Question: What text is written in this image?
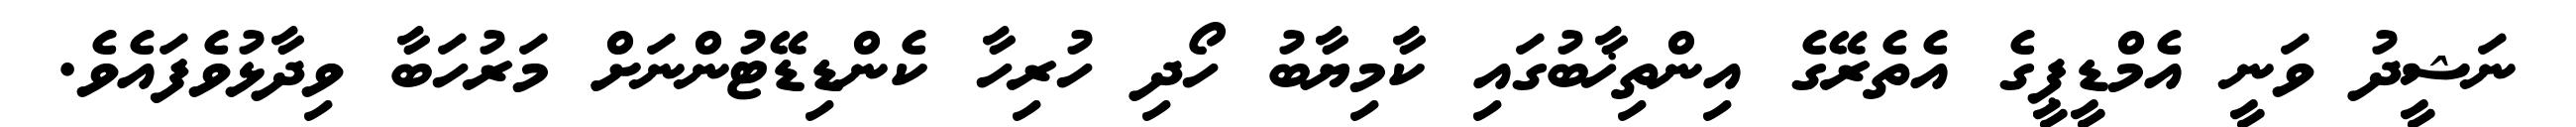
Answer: ނަޝީދު ވަނީ އެމްޑީޕީގެ އެތެރޭގެ އިންތިޚާބުގައި ކާމިޔާބު ހޯދި ހުރިހާ ކެންޑިޑޭޓުންނަށް މަރުހަބާ ވިދާޅުވެފައެވެ.